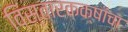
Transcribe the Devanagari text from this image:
विस्तारकक्षांचा